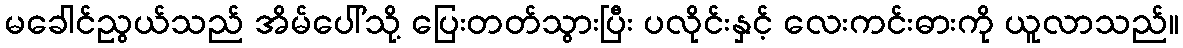
မခေါင်ညွယ်သည် အိမ်ပေါ်သို့ ပြေးတတ်သွားပြီး ပလိုင်းနှင့် လေးကင်းဓားကို ယူလာသည်။